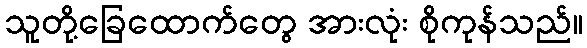
သူတို့ခြေထောက်တွေ အားလုံး စိုကုန်သည်။